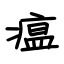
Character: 瘟